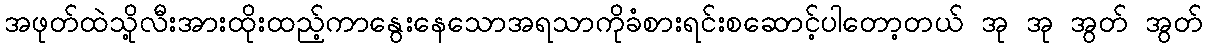
အဖုတ်ထဲသို့လီးအားထိုးထည့်ကာနွေးနေသောအရသာကိုခံစားရင်းစဆောင့်ပါတော့တယ် အု အု အွတ် အွတ်